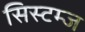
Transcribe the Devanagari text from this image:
सिस्टम्ज